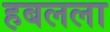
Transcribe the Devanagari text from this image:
हबलला